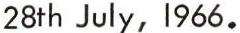
28th July, 1966.